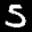
Label: 5